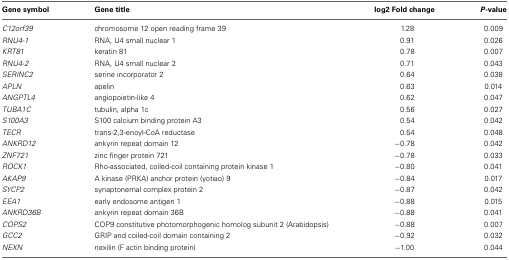
<table><thead><tr><td><b>Gene symbol</b></td><td><b>Gene title</b></td><td><b>log2 Fold change</b></td><td><b><i>P</i>-value</b></td></tr></thead><tbody><tr><td><i>C12orf39</i></td><td>chromosome 12 open reading frame 39</td><td>1.28</td><td>0.009</td></tr><tr><td><i>RNU4-1</i></td><td>RNA, U4 small nuclear 1</td><td>0.91</td><td>0.026</td></tr><tr><td><i>KRT81</i></td><td>keratin 81</td><td>0.78</td><td>0.007</td></tr><tr><td><i>RNU4-2</i></td><td>RNA, U4 small nuclear 2</td><td>0.71</td><td>0.043</td></tr><tr><td><i>SERINC2</i></td><td>serine incorporator 2</td><td>0.64</td><td>0.038</td></tr><tr><td><i>APLN</i></td><td>apelin</td><td>0.63</td><td>0.014</td></tr><tr><td><i>ANGPTL4</i></td><td>angiopoietin-like 4</td><td>0.62</td><td>0.047</td></tr><tr><td><i>TUBA1C</i></td><td>tubulin, alpha 1c</td><td>0.56</td><td>0.027</td></tr><tr><td><i>S100A3</i></td><td>S100 calcium binding protein A3</td><td>0.54</td><td>0.042</td></tr><tr><td><i>TECR</i></td><td>trans-2,3-enoyl-CoA reductase</td><td>0.54</td><td>0.048</td></tr><tr><td><i>ANKRD12</i></td><td>ankyrin repeat domain 12</td><td>−0.78</td><td>0.042</td></tr><tr><td><i>ZNF721</i></td><td>zinc finger protein 721</td><td>−0.78</td><td>0.033</td></tr><tr><td><i>ROCK1</i></td><td>Rho-associated, coiled-coil containing protein kinase 1</td><td>−0.80</td><td>0.041</td></tr><tr><td><i>AKAP9</i></td><td>A kinase (PRKA) anchor protein (yotiao) 9</td><td>−0.84</td><td>0.017</td></tr><tr><td><i>SYCP2</i></td><td>synaptonemal complex protein 2</td><td>−0.87</td><td>0.042</td></tr><tr><td><i>EEA1</i></td><td>early endosome antigen 1</td><td>−0.88</td><td>0.015</td></tr><tr><td><i>ANKRD36B</i></td><td>ankyrin repeat domain 36B</td><td>−0.88</td><td>0.041</td></tr><tr><td><i>COPS2</i></td><td>COP9 constitutive photomorphogenic homolog subunit 2 (Arabidopsis)</td><td>−0.88</td><td>0.007</td></tr><tr><td><i>GCC2</i></td><td>GRIP and coiled-coil domain containing 2</td><td>−0.92</td><td>0.032</td></tr><tr><td><i>NEXN</i></td><td>nexilin (F actin binding protein)</td><td>−1.00</td><td>0.044</td></tr></tbody></table>